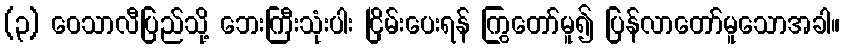
(၃) ဝေသာလီပြည်သို့ ဘေးကြီးသုံးပါး ငြိမ်းပေးရန် ကြွတော်မူ၍ ပြန်လာတော်မူသောအခါ။